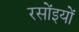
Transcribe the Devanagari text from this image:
रसोंइयों